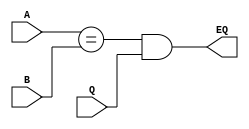
module COMP2_16bit(input [15:0] A, output wire EQ,
                   input [15:0] B, 
                   input Q);

  assign EQ = (A == B) & Q;

endmodule